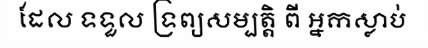
ដែល ទទួល ទ្រព្យសម្បត្តិ ពី អ្នកស្លាប់